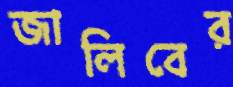
জালিবের